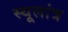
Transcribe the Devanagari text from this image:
स्‍थूलांत्र